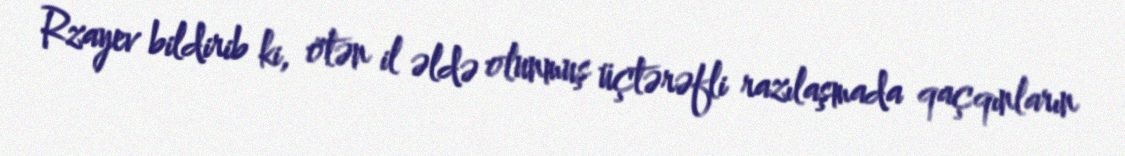
Rzayev bildirib ki, ötən il əldə olunmuş üçtərəfli razılaşmada qaçqınların